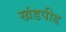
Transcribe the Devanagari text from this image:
खंडपीड